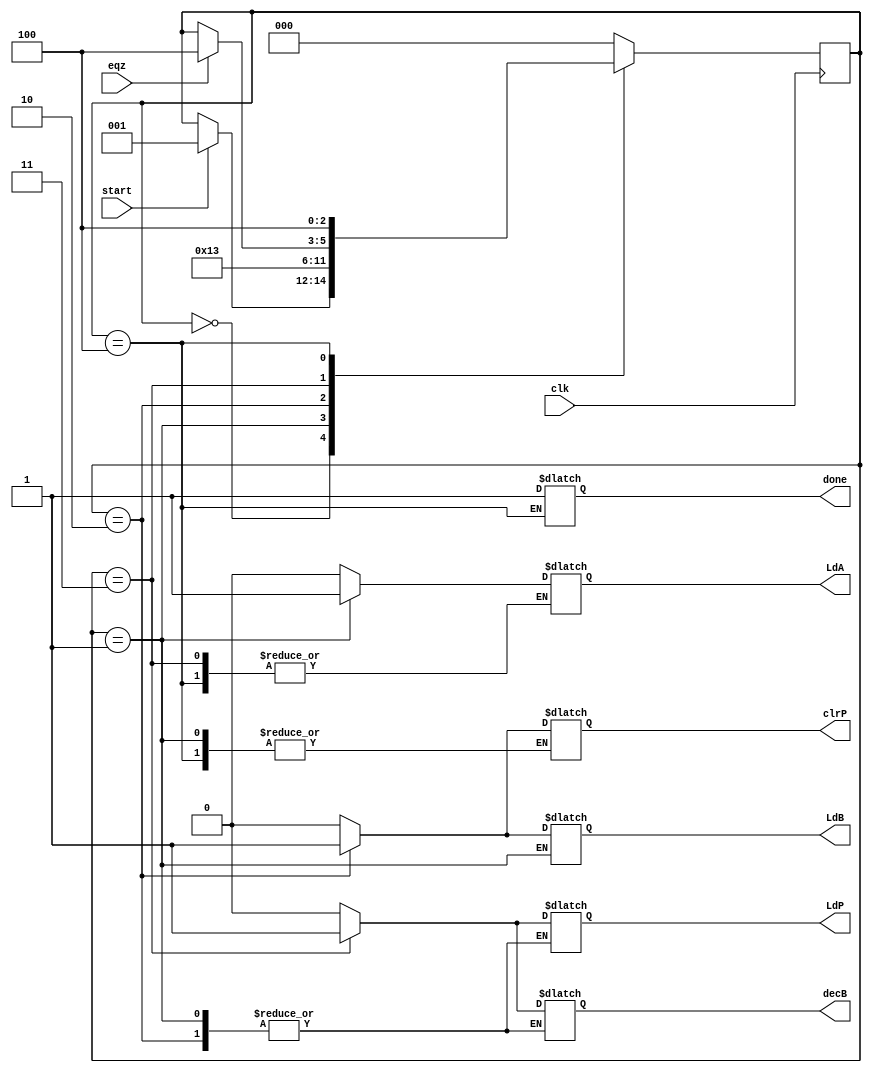
`timescale 1ns / 1ps
//////////////////////////////////////////////////////////////////////////////////
// Company: 
// Engineer: 
// 
// Design Name: 
// Module Name:    controller 
// Project Name: 
// Target Devices: 
// Tool versions: 
// Description: 
//
// Dependencies: 
//
// Revision: 
// Revision 0.01 - File Created
// Additional Comments: 
//
//////////////////////////////////////////////////////////////////////////////////
module controller(LdA, LdB, LdP, clrP, decB, done, clk, eqz, start);
input clk, eqz, start;
output reg LdA, LdB, LdP, clrP, decB, done;
reg [2:0] state;
parameter S0=3'b000,S1=3'b001,S2=3'b010,S3=3'b011,S4=3'b100;
always@(posedge clk)
begin
case(state)
S0: if(start) state<=S1;
S1: state<=S2;
S2: state<=S3;
S3: #2 if(eqz) state<=S4;
S4: state<=S4;
default:state<=S0;
endcase
end
always@(state)
begin
case(state)
S0: begin #1 LdA=0;LdB=0;LdP=0;clrP=0;decB=0;end
S1: begin #1 LdA=1;end
S2: begin #1 LdA=0;LdB=1;clrP=1;end
S3: begin #1 LdB=0;LdP=1;clrP=0;decB=1;end
S4: begin #1 done=1;LdB=0;LdP=0;decB=0;end
default: begin #1 LdA=0;LdB=0;LdP=0;clrP=0;decB=0;end
endcase
end
endmodule